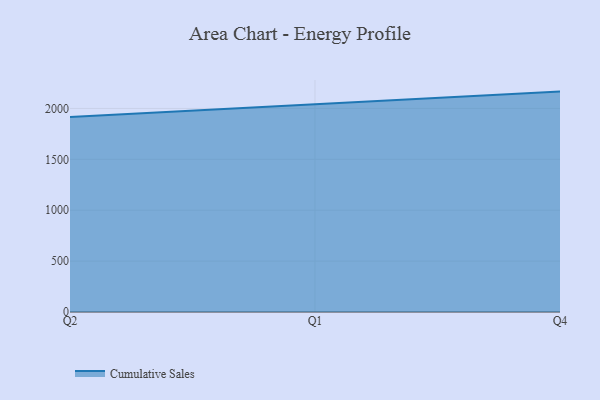
{"axis": {"x": "Quarter", "y": "Gross Profit (USD K)"}, "legend": ["Cumulative Sales"], "data": [{"x": "Q2", "y": 1915.9, "type": "Cumulative Sales"}, {"x": "Q1", "y": 2042.2, "type": "Cumulative Sales"}, {"x": "Q4", "y": 2165.3, "type": "Cumulative Sales"}]}